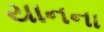
યાનના